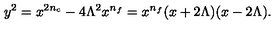
y ^ { 2 } = x ^ { 2 n _ { c } } - 4 \Lambda ^ { 2 } x ^ { n _ { f } } = x ^ { n _ { f } } ( x + 2 \Lambda ) ( x - 2 \Lambda ) .